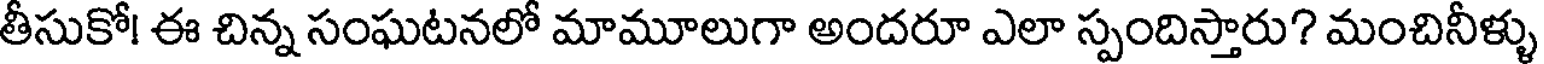
తీసుకో! ఈ చిన్న సంఘటనలో మామూలుగా అందరూ ఎలా స్పందిస్తారు? మంచినీళ్ళు